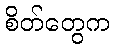
စိတ်တွေက